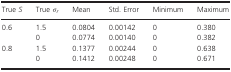
<table><thead><tr><td><b>True <i>S</i></b></td><td><b>True σ<sub><i>r</i></sub></b></td><td><b>Mean</b></td><td><b>Std. Error</b></td><td><b>Minimum</b></td><td><b>Maximum</b></td></tr></thead><tbody><tr><td>0.6</td><td>1.5</td><td>0.0804</td><td>0.00142</td><td>0</td><td>0.380</td></tr><tr><td></td><td>0</td><td>0.0774</td><td>0.00140</td><td>0</td><td>0.382</td></tr><tr><td>0.8</td><td>1.5</td><td>0.1377</td><td>0.00244</td><td>0</td><td>0.638</td></tr><tr><td></td><td>0</td><td>0.1412</td><td>0.00248</td><td>0</td><td>0.671</td></tr></tbody></table>